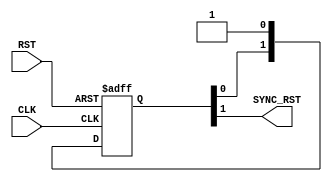
//NUM STAGES refer to Number of Flip Flop Stages
  
module RST_SYNC
 (
  input wire                   CLK,
  input wire                   RST,
  output reg              SYNC_RST             
  );
  
  //internal connections 
  reg [1:0] sync_flop ;
   
  
   
  always @(posedge CLK or negedge RST)
  begin
    if(!RST)
      begin
         sync_flop<= 'b0 ;
     
      end
    else
      begin
      //the output is all the values on flip flops 
      //of the stages and final bit =required value
      //to be the output on RST_SYNC
         sync_flop <= {sync_flop[0],1'b1} ; 
      
      end
  end
  
  always @(*)
  begin
    SYNC_RST = sync_flop[1] ; 
  end
  
endmodule